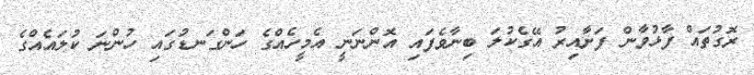
ރޮގުތައް ފާޅުވާން ފަށާއިރު އޭގެކުލަ ބިނާވެފައި އޮންނަނީ އެމީހެއްގެ ހަންގަނޑުގައި ހުންނަ ކުލައެއްގެ